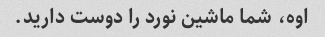
اوه، شما ماشین نورد را دوست دارید.